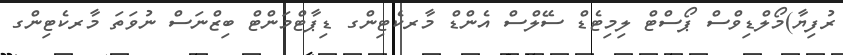
ރުފިޔާ)މޯލްޑިވްސް ޕޯސްޓް ލިމިޓެޑް ސޭލްސް އެންޑް މާރކެޓިންގ ޑިޕާޓްމަންޓް ބިޒްނަސް ނުވަތަ މާރކެޓިންގ